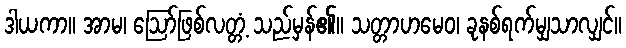
ဒါယကာ။ အာမ၊ ဩော်ဖြစ်လတ္တံ့ သည်မှန်၏။ သတ္တာဟမေဝ၊ ခုနစ်ရက်မျှသာလျှင်။